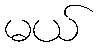
မယ်